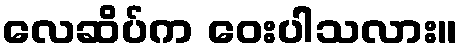
လေဆိပ်က ဝေးပါသလား။